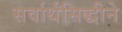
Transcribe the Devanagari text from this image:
सर्वार्थसिद्धीने